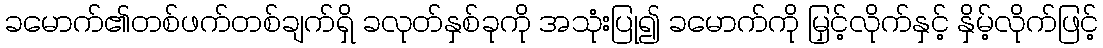
ခမောက်၏တစ်ဖက်တစ်ချက်ရှိ ခလုတ်နှစ်ခုကို အသုံးပြု၍ ခမောက်ကို မြှင့်လိုက်နှင့် နှိမ့်လိုက်ဖြင့်